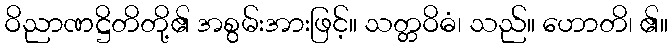
ဝိညာဏဋ္ဌိတိတို့၏ အစွမ်းအားဖြင့်။ သတ္တဝိဓံ၊ သည်။ ဟောတိ၊ ၏။